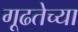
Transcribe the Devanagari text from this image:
गूढतेच्या